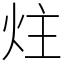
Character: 炷